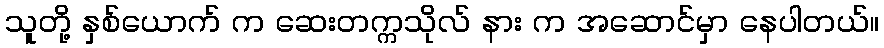
သူတို့ နှစ်ယောက် က ဆေးတက္ကသိုလ် နား က အဆောင်မှာ နေပါတယ်။